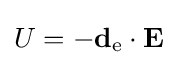
U=-\mathbf {d} _{\rm {e}}\cdot \mathbf {E}